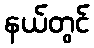
နယ်တွင်